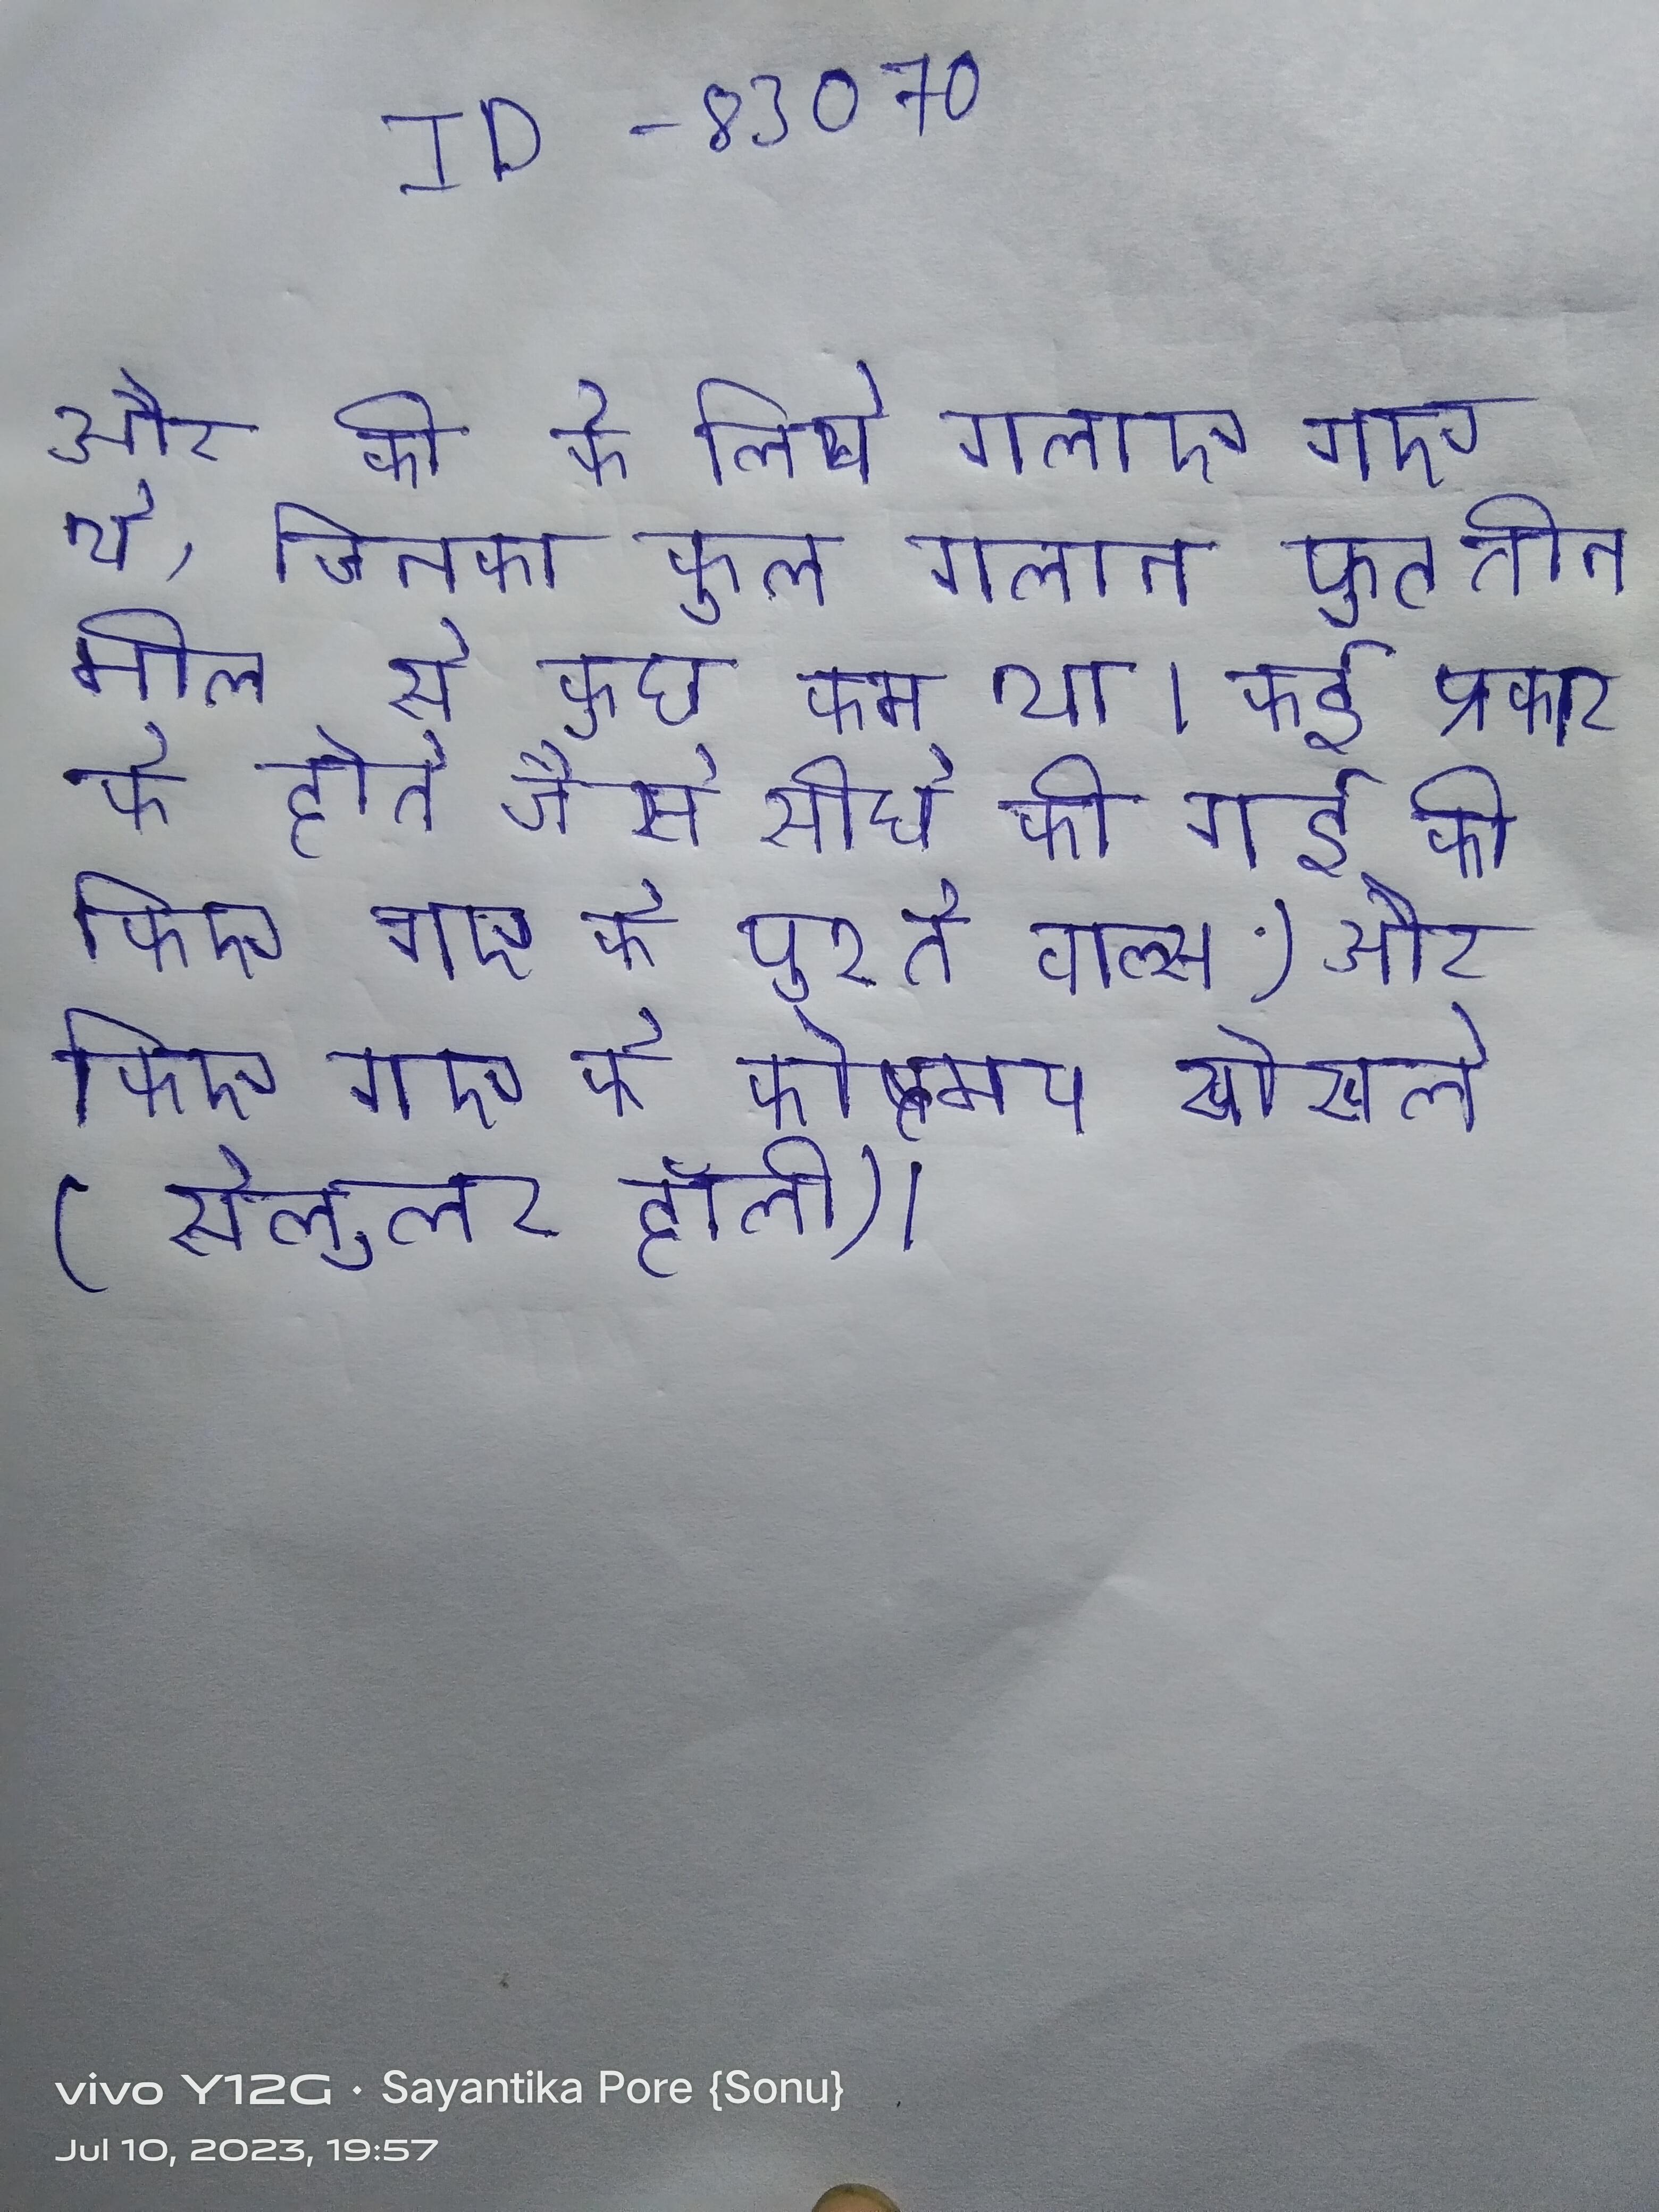
और की के लिये गलाए गए थे, जिनका कुल गलान फुट तीन मील से कुछ कम था । कई प्रकार के होते जैसे सीधे की गई की किए गए के पुश्ते वाल्स) और किए गए के कोष्ठमय खोखले (सेलुलर हॉली ।